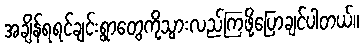
အချိန်ရရင်ချင်းရွာတွေကိုသွားလည်ကြဖို့ပြောချင်ပါတယ်။